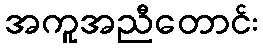
အကူအညီတောင်း